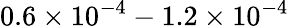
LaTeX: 0.6\times 10^{-4}-1.2\times 10^{-4}